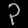
Digit: ၃